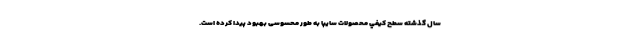
سال گذشته سطح كيفي محصولات سايپا به طور محسوسی بهبود پيدا كرده است.